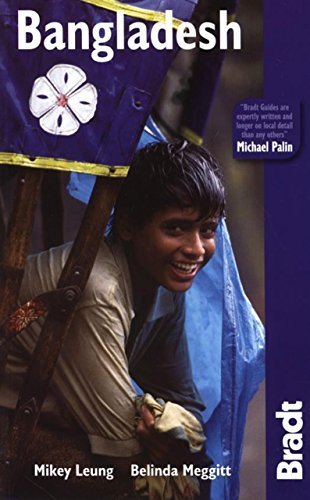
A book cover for Bangladesh (Bradt Travel Guide) by Mikey Leung, Belinda Meggitt (2009) Paperback; Belinda Meggitt Mikey Leung; Travel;